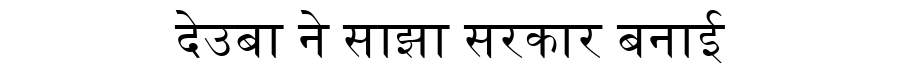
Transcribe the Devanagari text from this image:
देउबा ने साझा सरकार बनाई